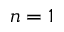
n = 1